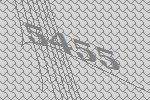
5455